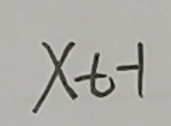
$x_{t - 1}$